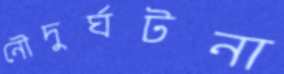
নৌদুর্ঘটনা